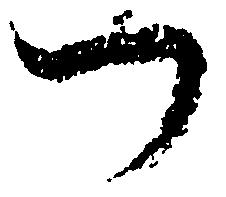
一